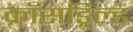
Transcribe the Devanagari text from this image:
क्रॉसड्रिल्ड